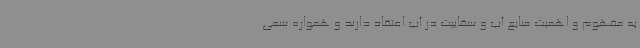
به مفهوم و اهمیت منابع آب و سقاییت در آب اعتقاد دارند و همواره سعی